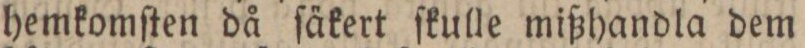
hemkomſten då ſäkert ſkulle mißhandla dem